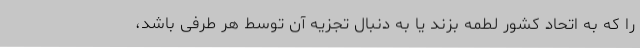
را که به اتحاد کشور لطمه بزند یا به دنبال تجزیه آن توسط هر طرفی باشد،